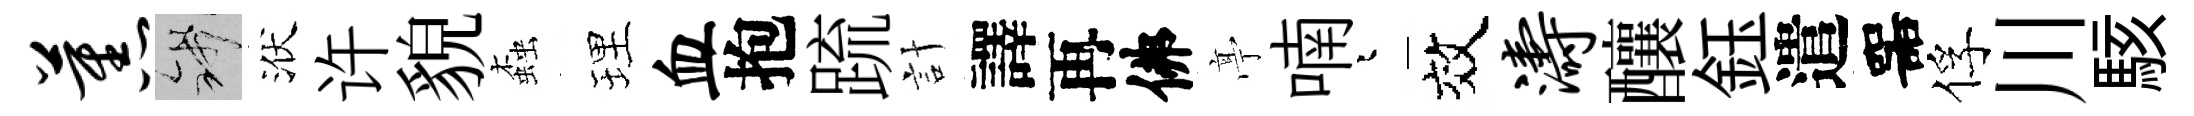
蕉錢洑许貌螙理血抱䟽計譯再佛𠅘喃迢效涛釀鈺遣噐俘川駭